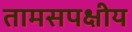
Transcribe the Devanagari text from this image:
तामसपक्षीय